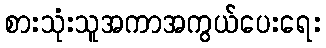
စားသုံးသူအကာအကွယ်ပေးရေး